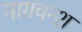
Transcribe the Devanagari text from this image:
नागवन्श